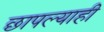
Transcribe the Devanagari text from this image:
छापल्याही